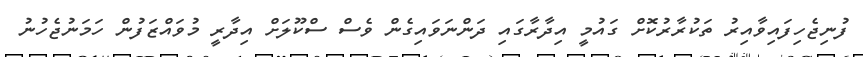
ފުނިޖެހިފައިވާއިރު ތަކުރާރުކޮށް ގައުމީ އިދާރާގައި ދަންނަވައިގެން ވެސް ސްކޫލަށް އިދާރީ މުވައްޒަފުން ހަމަނުޖެހުނު